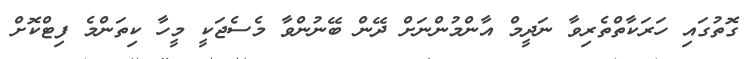
ގޮތުގައި ހަރަކާތްތެރިވާ ނަދީމް އާންމުންނަށް ދޭން ބޭނުންވާ މެސެޖަކީ މީހާ ކިތަންމެ ފިޓްކޮށް